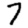
Digit: 7